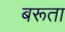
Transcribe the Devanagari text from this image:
बरूता